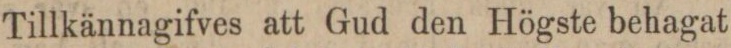
Tillkännagifves att Gud den Högste behagat